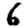
Digit: 6